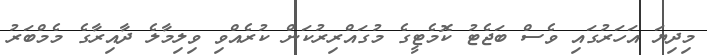
މިދިޔަ އަހަރުގައި ވެސް ބަޖެޓު ކޮމެޓީގެ މުގައްރިރުކަން ކުރެއްވި ވިލިމާލެ ދާއިރާގެ މެމްބަރު